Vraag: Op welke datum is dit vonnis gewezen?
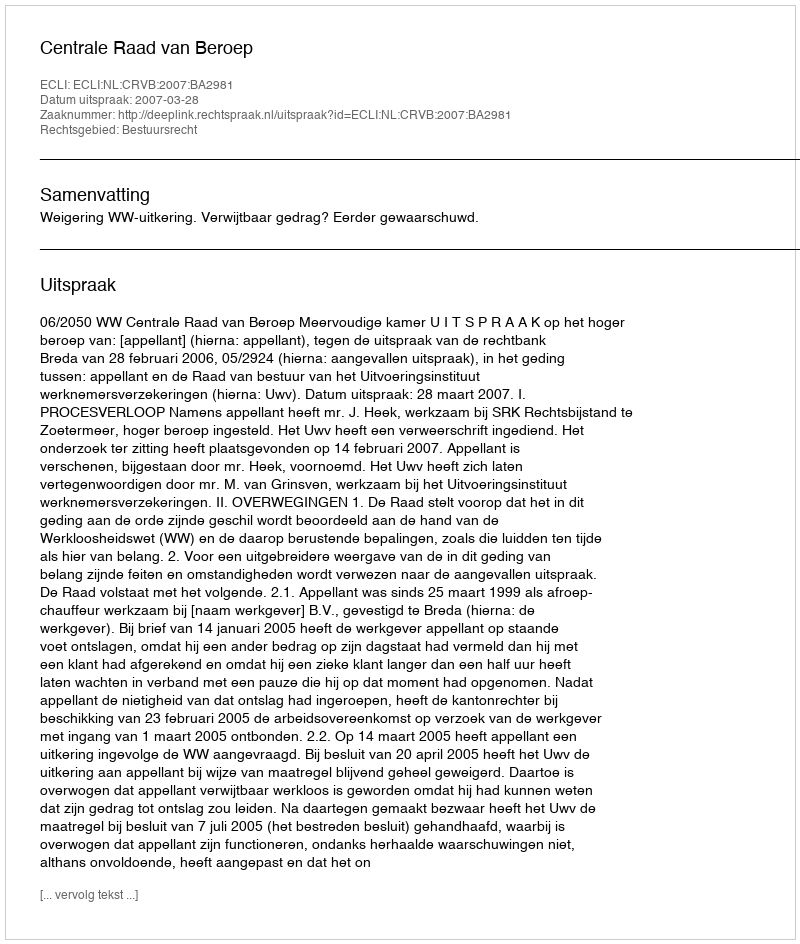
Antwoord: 2007-03-28